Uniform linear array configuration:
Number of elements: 8
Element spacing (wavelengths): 0.75
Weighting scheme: exponential
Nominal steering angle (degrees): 60
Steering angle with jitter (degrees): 58.31
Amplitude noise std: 0.05
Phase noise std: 0.05

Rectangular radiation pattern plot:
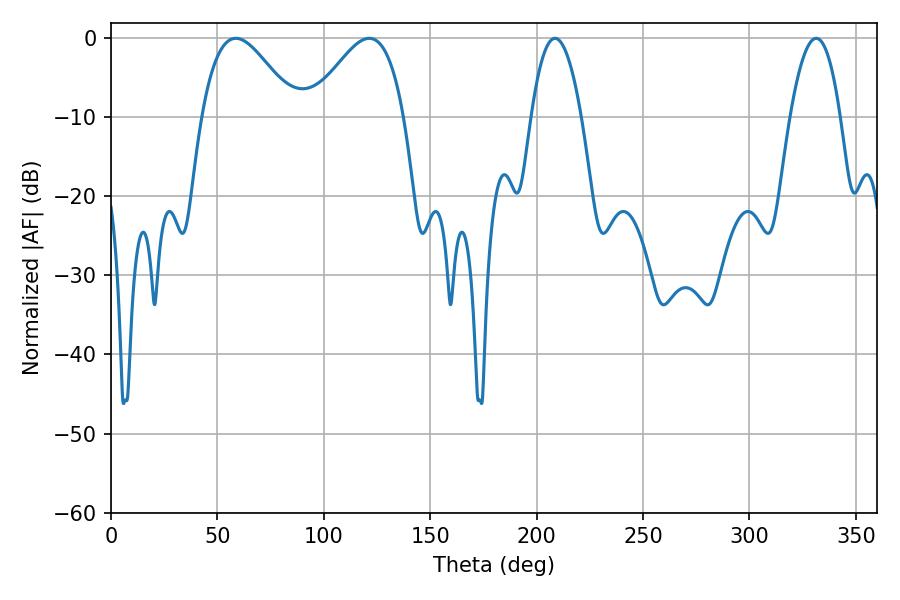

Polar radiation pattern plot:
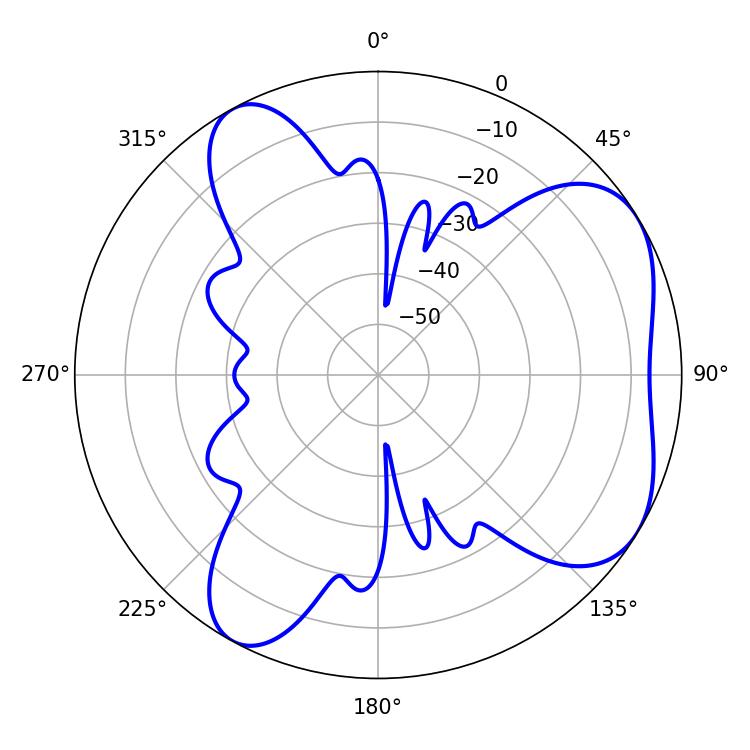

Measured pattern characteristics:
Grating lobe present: TRUE
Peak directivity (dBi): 5.433
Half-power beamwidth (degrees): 23.76
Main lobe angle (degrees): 58.68